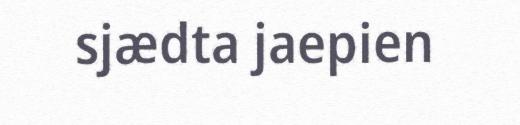
sjædta jaepien